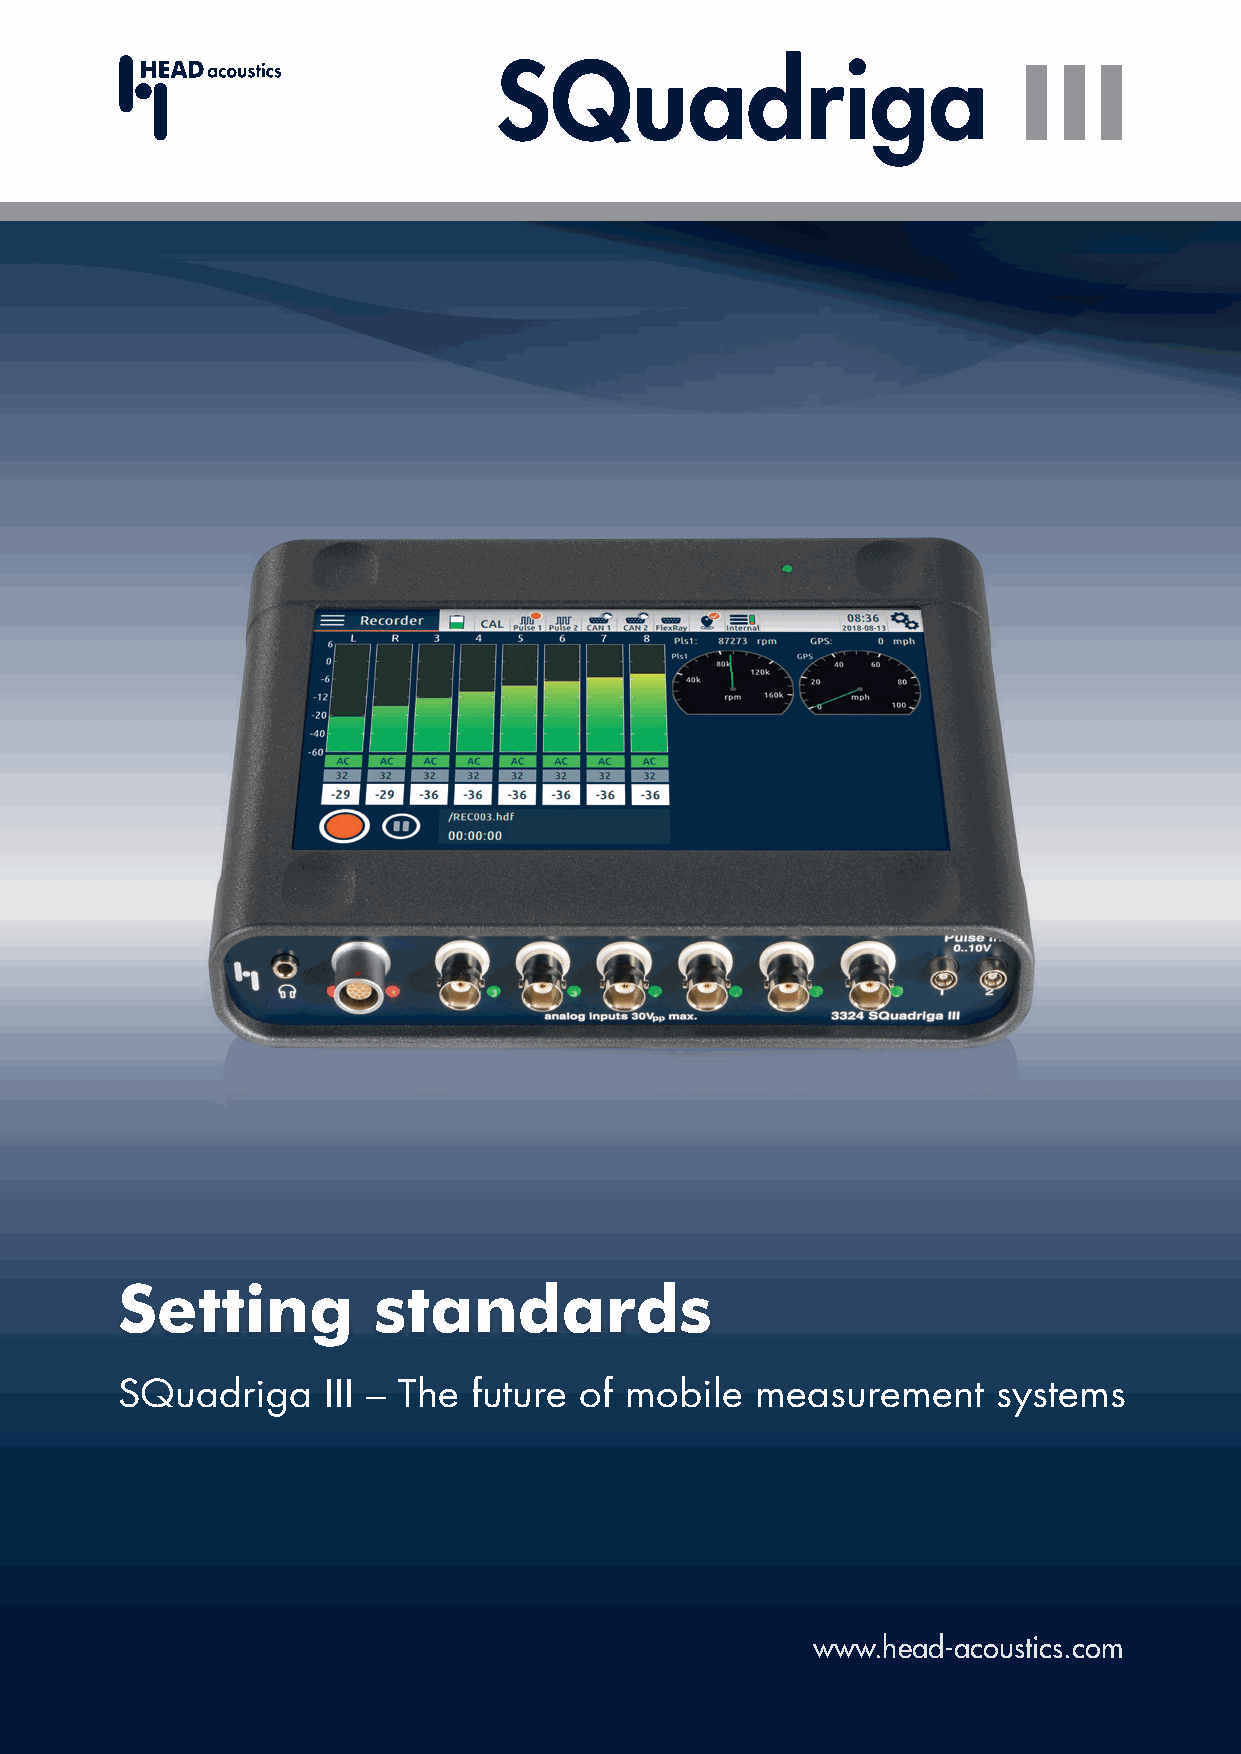
SQuadriga                         III
 Setting          standards
 SQuadriga    III – The future of mobile   measurement     systems
 www.head-acoustics.com